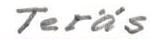
Teräs